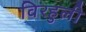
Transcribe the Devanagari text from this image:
विरहुली